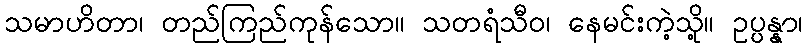
သမာဟိတာ၊ တည်ကြည်ကုန်သော။ သတရံသီဝ၊ နေမင်းကဲ့သို့။ ဥပ္ပန္နာ၊